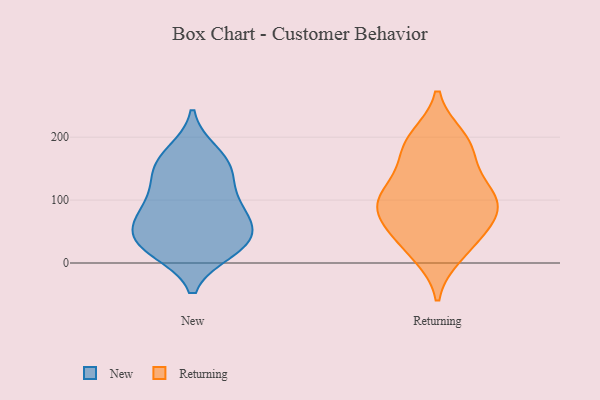
{"axis": {"x": "Backlog", "y": "Value"}, "legend": ["New", "Returning"], "data": [{"x": "", "y": 160, "type": "New"}, {"x": "", "y": 174, "type": "New"}, {"x": "", "y": 103, "type": "New"}, {"x": "", "y": 31, "type": "New"}, {"x": "", "y": 21, "type": "New"}, {"x": "", "y": 79, "type": "New"}, {"x": "", "y": 41, "type": "New"}, {"x": "", "y": 81, "type": "New"}, {"x": "", "y": 139, "type": "New"}, {"x": "", "y": 41, "type": "New"}, {"x": "", "y": 25, "type": "New"}, {"x": "", "y": 71, "type": "New"}, {"x": "", "y": 147, "type": "New"}, {"x": "", "y": 199, "type": "Returning"}, {"x": "", "y": 93, "type": "Returning"}, {"x": "", "y": 74, "type": "Returning"}, {"x": "", "y": 110, "type": "Returning"}, {"x": "", "y": 78, "type": "Returning"}, {"x": "", "y": 14, "type": "Returning"}, {"x": "", "y": 129, "type": "Returning"}, {"x": "", "y": 195, "type": "Returning"}, {"x": "", "y": 182, "type": "Returning"}, {"x": "", "y": 65, "type": "Returning"}, {"x": "", "y": 101, "type": "Returning"}, {"x": "", "y": 23, "type": "Returning"}, {"x": "", "y": 42, "type": "Returning"}, {"x": "", "y": 167, "type": "Returning"}, {"x": "", "y": 108, "type": "Returning"}]}